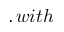
, w i t h